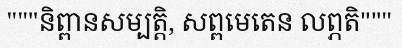
"""និព្ពានសម្បត្តិ, សព្ពមេតេន លព្ភតិ"""